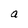
Character: a